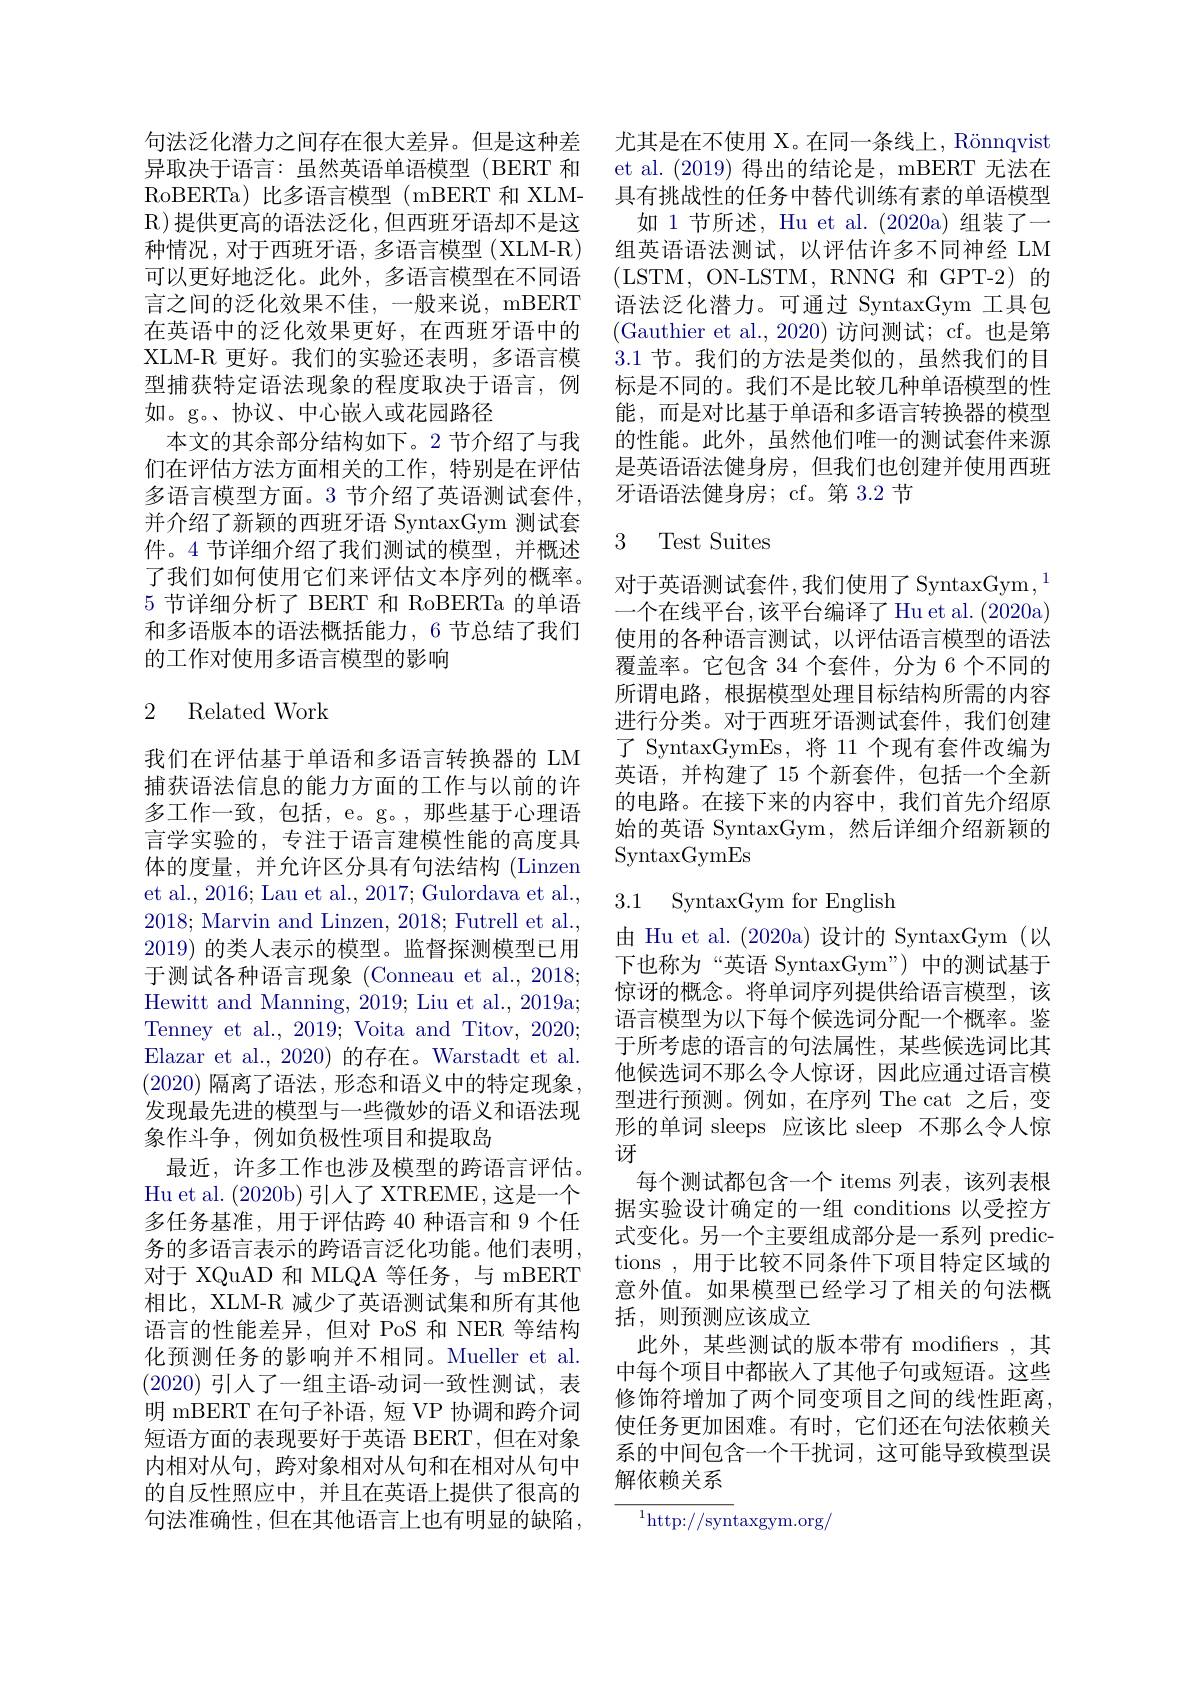
句法泛化潜力之间存在很大差异。但是这种差异取决于语言：虽然英语单语模型(BERT 和RoBERTa) 比多语言模型 (mBERT 和 XLMR)提供更高的语法泛化，但西班牙语却不是这种情况，对于西班牙语，多语言模型 (XLM-R) 可以更好地泛化。此外，多语言模型在不同语言之间的泛化效果不佳，一般来说，mBERT 在英语中的泛化效果更好，在西班牙语中的XLM-R 更好。我们的实验还表明，多语言模型捕获特定语法现象的程度取决于语言，例如。g。、协议、中心嵌入或花园路径
本文的其余部分结构如下。2 节介绍了与我们在评估方法方面相关的工作，特别是在评估多语言模型方面。3 节介绍了英语测试套件， 并介绍了新颖的西班牙语 SyntaxGym 测试套件。4 节详细介绍了我们测试的模型，并概述了我们如何使用它们来评估文本序列的概率。5 节详细分析了 BERT 和 RoBERTa 的单语和多语版本的语法概括能力，6 节总结了我们的工作对使用多语言模型的影响

## 2 Related Work

我们在评估基于单语和多语言转换器的 LM 捕获语法信息的能力方面的工作与以前的许多工作一致，包括，e。g。, 那些基于心理语言学实验的，专注于语言建模性能的高度具体的度量，并允许区分具有句法结构 (Linzem et al., 2016; Lau et al., 2017; Gulordava et al., 2018; Marvin and Linzen, 2018; Futrell et al., 2019)的类人表示的模型。监督探测模型已用于测试各种语言现象(Conneau et al.,2018; Hewitt and Manning, 2019; Liu et al., 2019a; Tenney et al., 2019; Voita and Titov, 2020; Elazar et al., 2020) 的存在。Warstadt et al. (2020) 隔离了语法 ,形态和语义中的特定现象， 发现最先进的模型与一些微妙的语义和语法现象作斗争，例如负极性项目和提取岛
最近，许多工作也涉及模型的跨语言评估。Hu et al. (2020b)引入了 XTREME, 这是一个多任务基准，用于评估跨 40 种语言和 9 个任务的多语言表示的跨语言泛化功能。他们表明， 对于 XQuAD 和 MLQA 等任务，与 mBERT 相比，XLM-R 减少了英语测试集和所有其他语言的性能差异，但对 PoS 和 NER 等结构化预测任务的影响并不相同。Mueller et al. (2020)引人了一组主语-动词一致性测试，表明 mBERT 在句子补语，短 VP 协调和跨介词短语方面的表现要好于英语 BERT,但在对象内相对从句，跨对象相对从句和在相对从句中的自反性照应中，并且在英语上提供了很高的句法准确性，但在其他语言上也有明显的缺陷，

尤其是在不使用 X。在同一条线上，Rönnqvist et al. (2019)得出的结论是，mBERT 无法在具有挑战性的任务中替代训练有素的单语模型
如 1 节所述，Hu et al. (2020a) 组装了一组英语语法测试，以评估许多不同神经 LM ( LSTM, ON- LSTM, RNNG 和 GPT- 2) 的语法泛化潜力。可通过 SyntaxGym 工具包(Gauthier et al.,2020)访问测试；cf。也是第3.1 节。我们的方法是类似的，虽然我们的目标是不同的。我们不是比较几种单语模型的性能，而是对比基于单语和多语言转换器的模型的性能。此外，虽然他们唯一的测试套件来源是英语语法健身房，但我们也创建并使用西班牙语语法健身房；cf。第 3.2 节

# 3 Test Suites

对于英语测试套件，我们使用了SyntaxGym，$^{1}$ 一个在线平台，该平台编译了 Hu et al. (2020a) 使用的各种语言测试，以评估语言模型的语法覆盖率。它包含 34 个套件，分为 6 个不同的所谓电路，根据模型处理目标结构所需的内容进行分类。对于西班牙语测试套件，我们创建了 SyntaxGymEs,将 11 个现有套件改编为英语，并构建了 15 个新套件，包括一个全新的电路。在接下来的内容中，我们首先介绍原始的英语 SyntaxGym,然后详细介绍新颖的SyntaxGymEs

## 3.1 SyntaxGym for English

由 Hu et al. (2020a) 设计的 SyntaxGym (以

下也称为“英语 SyntaxGym”) 中的测试基于惊讶的概念。将单词序列提供给语言模型，该语言模型为以下每个候选词分配一个概率。鉴于所考虑的语言的句法属性，某些候选词比其他候选词不那么令人惊讶，因此应通过语言模型进行预测。例如，在序列 The cat 之后，变形的单词 sleeps 应该比 sleep 不那么令人惊讶
每个测试都包含一个 items 列表，该列表根据实验设计确定的一组 conditions 以受控方式变化。另一个主要组成部分是一系列 predictions , 用于比较不同条件下项目特定区域的意外值。如果模型已经学习了相关的句法概括，则预测应该成立
此外，某些测试的版本带有 modifers ,其中每个项目中都嵌入了其他子句或短语。这些修饰符增加了两个同变项目之间的线性距离， 使任务更加困难。有时，它们还在句法依赖关系的中间包含一个干扰词，这可能导致模型误解依赖关系

${{^{1}\mathrm{http://syn}}}$taxgym.org/